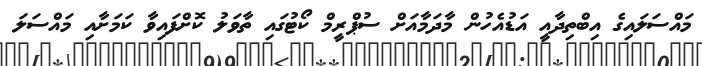
މައްސަލައިގެ އިބްތިދާއީ އަޑުއެހުން މާދަމާއަށް ސުޕްރީމް ކޯޓުގައި ތާވަލު ކޮށްފައިވާ ކަމަށާއި މައްސަލަ